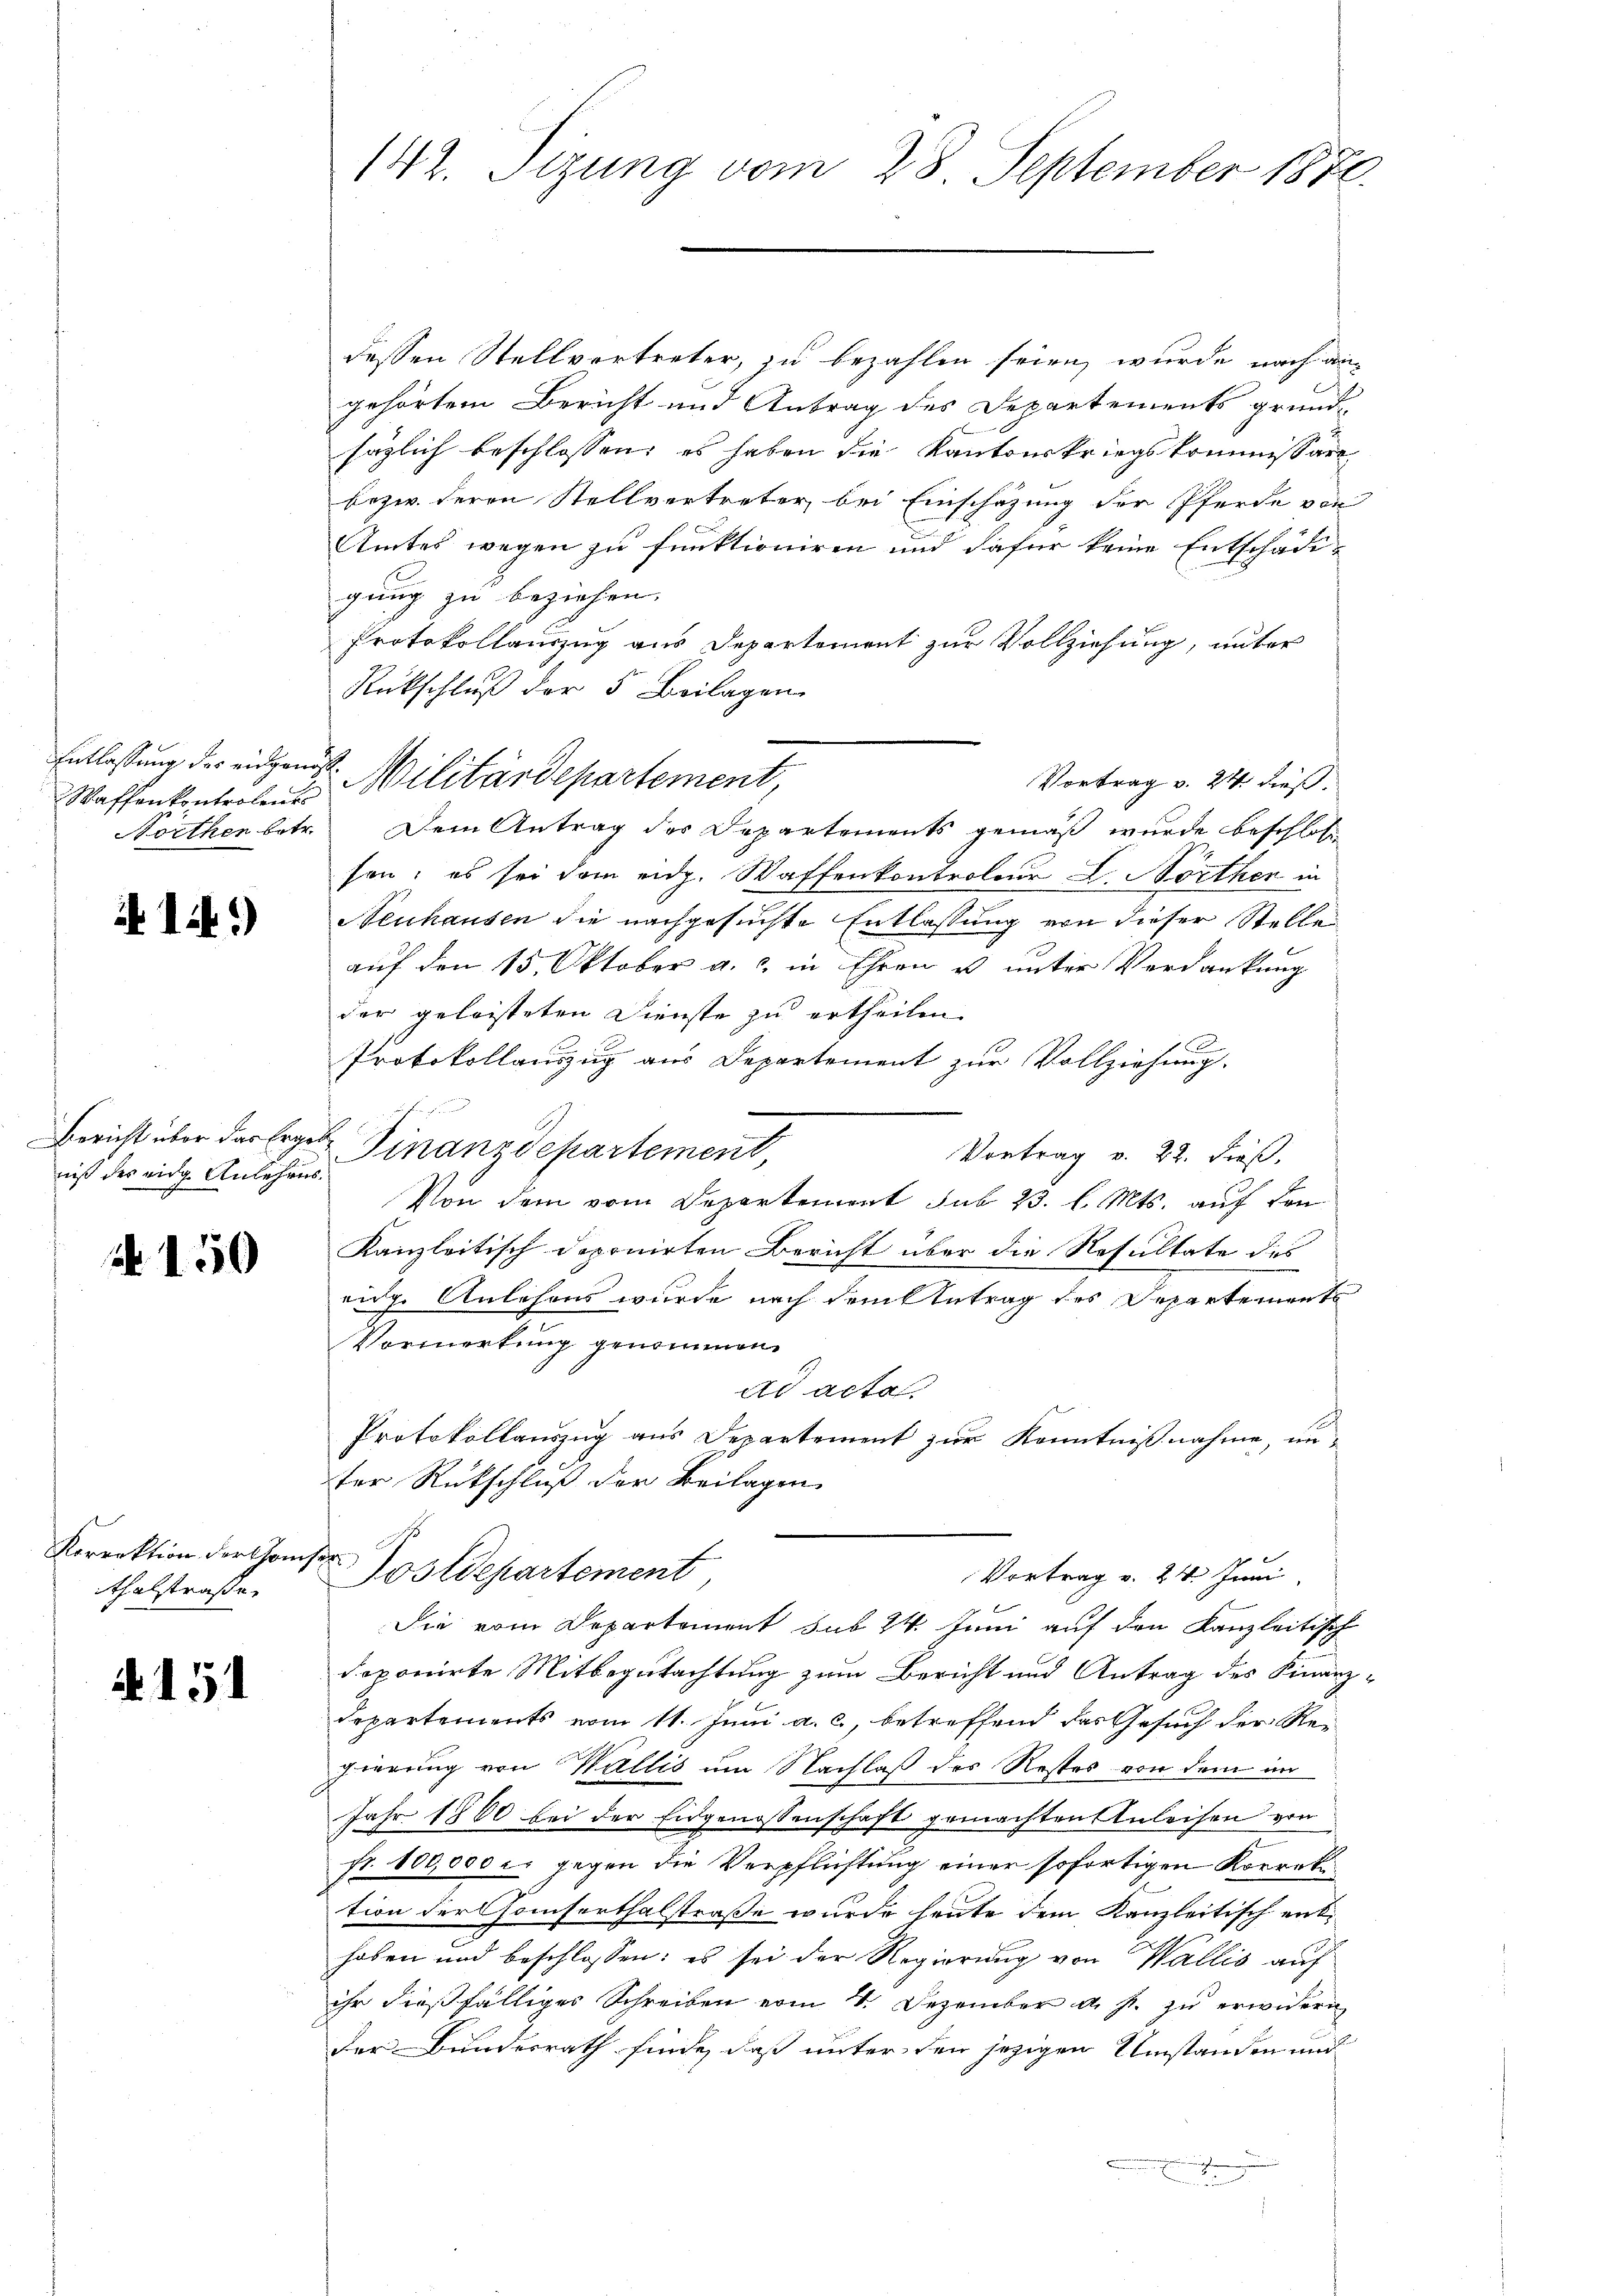
Waffenkontrolent

if. 114.)

niß des eidg. Anlehres.

N 150

Korrektion der Conser
thalstraße.

N 151

dessen Stellvertreter, zu bezahlen seien, wurde nach an
gehörtem Bericht und Antrag des Departements grund
säglich beschlossen, es haben die Kantonskriegskommissäre
bezw. deren Stellvertreter, bei Einschazung der Pferde von
Amtes wegen zu funktioniren und dafür keine Entschädigung zu beziehen.
Protokollauszug aus Departement zur Vollziehung, unter
Rückschluß der 5 Beilagen
Vortrag v. 24 dieß.
Northen betr. Dem Antrag des Departements gemäß wurde beschloße
sen; es sei dem eidg. Waffenkontroleur L. Nörthen in
Neuhausen die nachgesuchte Entlassung von dieser Stelle
auf den 15. Oktober a. c. in Ehren u unter Verdankung
der geleisteten Dienste zu ertheilen.
Protokollauszug aus Departement zur Vollziehung.
Bericht über das Ergen Finanzdepartement
Vortrag v. 22. dieß.
Von dem vom Departement sub 23. l. Mts. auf den
Kanzleitisch deponirten Bericht über die Resultate des
eidg. Anlehens wurde nach dem Antrag des Departements
Vormerkung genommen.
ad acta
Protokollauszug aus Departement zur Kenntnißnahme, unter Rückschluß der Beilagen
Fostdepartement
Vortrag v. 24. Juni
Die vom Departement sub 24. Juni auf den Kanzleitisch
doponirte Mitbegutachtung zum Bericht und Antrag des Finanz-
Departements vom 11. Juni a. c., betreffend das Gesuch der Regierung von Wallis um Nachlaß des Restes von dem im
Jahr 1800 bei der Eidgenossenschaft gemachtens Anleisen von
fr. 100,000 c. gegen die Verpflichtung einer sofortigen Korrektion der Conserthalstraße wurde heute dem Kanzleitisch enthoben und beschlossen: es sei der Regierung von Wallis auf
ihr dießfälliges Schreiben vom 4. Dezember d. J. zu erwidern
der Bundesrath finde, daß unter den jezigen Umstanden und

142. Sizung vom 28. September 1870.

Entlassung der eidgen. Militärdepartement,